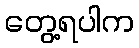
တွေ့ရပါက